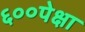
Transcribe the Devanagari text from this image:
६००पेक्षा